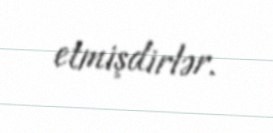
etmişdirlər.